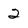
Character: 2